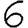
Digit: 6